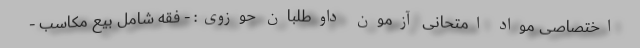
اختصاصی مواد امتحانی آزمون داوطلبان حوزوی: - فقه شامل بیع مکاسب -